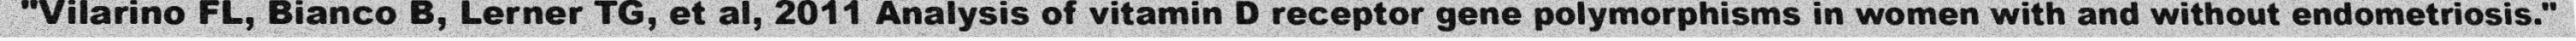
"Vilarino FL, Bianco B, Lerner TG, et al, 2011 Analysis of vitamin D receptor gene polymorphisms in women with and without endometriosis."